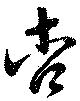
杏